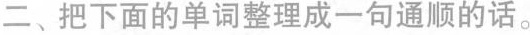
二、把下面的单词整理成一句通顺的话。